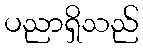
ပညာရှိသည်